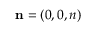
{ \bf { n } } = ( 0 , 0 , n )